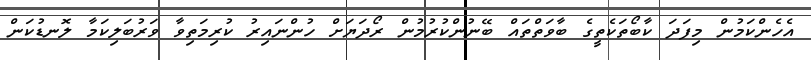
އެހެންކަމުން މިފަދަ ކާބޯތަކެތީގެ ބާވަތްތައް ބޭނުންކުރުމުން ރޯދަޔަށް ހުންނައިރު ކުރިމަތިވާ ވަރުބަލިކަމާ ލޮނޑުކަން